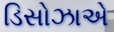
ડિસોઝાએ